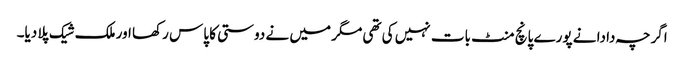
اگرچہ دادا نے پورے پانچ منٹ بات نہیں کی تھی مگر میں نے دوستی کا پاس رکھا اور ملک شیک پلا دیا۔